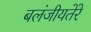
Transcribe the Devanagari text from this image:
बलंजीयतेरे